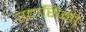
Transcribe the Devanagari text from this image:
उदासिनी